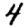
Digit: 4